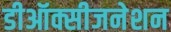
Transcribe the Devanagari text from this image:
डीऑक्सीजनेशन